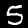
Label: 5